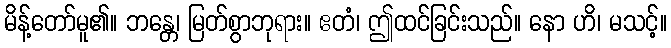
မိန့်တော်မူ၏။ ဘန္တေ၊ မြတ်စွာဘုရား။ ဧတံ၊ ဤထင်ခြင်းသည်။ နော ဟိ၊ မသင့်။